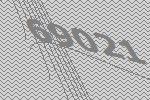
69021